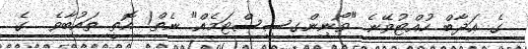
ގެ ޢަޛާބް ހުއްޓުވޭނެ "ވޯނިންގސިސްޓަމެއް" ނެތް! އޮތީ ތައުބާވެ  ގެ